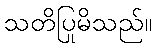
သတိပြုမိသည်။